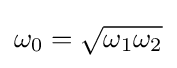
\omega _{0}={\sqrt {\omega _{1}\omega _{2}}}